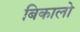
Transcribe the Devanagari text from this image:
बिकालो